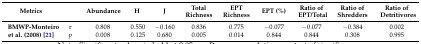
<table><thead><tr><td><b>Metrics</b></td><td></td><td><b>Abundance</b></td><td><b>H</b></td><td><b>J</b></td><td><b>Total Richness</b></td><td><b>EPT Richness</b></td><td><b>EPT (%)</b></td><td><b>Ratio of EPT/Total</b></td><td><b>Ratio of Shredders</b></td><td><b>Ratio of Detritivores</b></td></tr></thead><tbody><tr><td rowspan="2"><b>BMWP-Monteiro et al. (2008) [21] </b></td><td>r</td><td>0.808</td><td>0.550</td><td>−0.160</td><td>0.836</td><td>0.775</td><td>−0.077</td><td>−0.077</td><td>−0.384</td><td>0.002</td></tr><tr><td><i>p</i></td><td>0.008</td><td>0.125</td><td>0.680</td><td>0.005</td><td>0.014</td><td>0.844</td><td>0.844</td><td>0.308</td><td>0.995</td></tr></tbody></table>